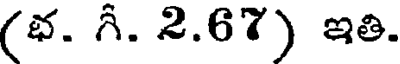
(భ. గీ. 2.67) ఇతి.